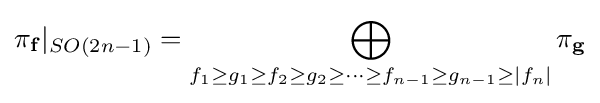
\pi _{\mathbf {f} }|_{SO(2n-1)}=\bigoplus _{f_{1}\geq g_{1}\geq f_{2}\geq g_{2}\geq \cdots \geq f_{n-1}\geq g_{n-1}\geq |f_{n}|}\pi _{\mathbf {g} }